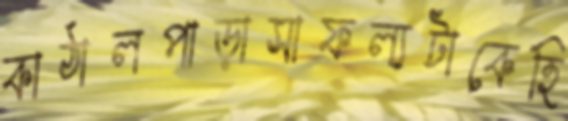
কাঠালপাড়াসাফল্যটাকেহি